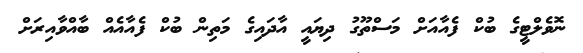
ނޮވެލްޓީގެ ބުކް ފެއާއަށް މަސްތޫގު ދިޔައީ އާދައިގެ މަތިން ބުކް ފެއާއެއް ބާއްވާއިރަށް